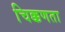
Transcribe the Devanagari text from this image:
चिक्कणता